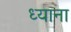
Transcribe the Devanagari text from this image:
ध्याना